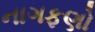
નાગફણો